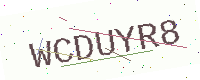
Text: WCDUYR8